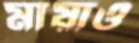
মায়াও